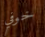
خوفي